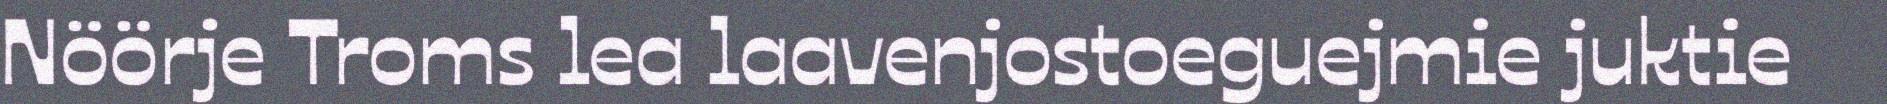
Nöörje Troms lea laavenjostoeguejmie juktie